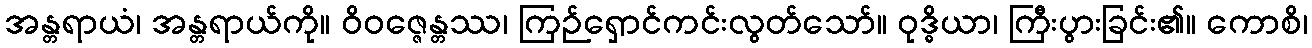
အန္တရာယံ၊ အန္တရာယ်ကို။ ဝိဝဇ္ဇေန္တဿ၊ ကြဉ်ရှောင်ကင်းလွတ်သော်။ ဝုဒ္ဓိယာ၊ ကြီးပွားခြင်း၏။ ကောစိ၊